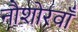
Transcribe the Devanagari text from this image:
नौशोरवाँ